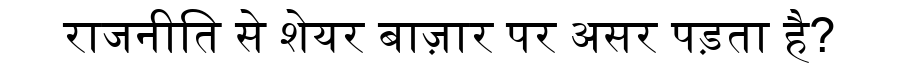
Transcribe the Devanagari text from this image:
राजनीति से शेयर बाज़ार पर असर पड़ता है?